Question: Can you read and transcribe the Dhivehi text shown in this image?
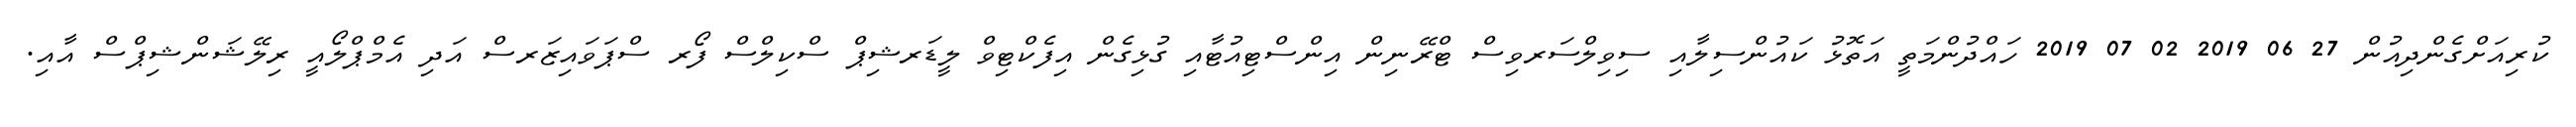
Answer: ކުރިއަށްގެންދިއުން 27 06 2019 02 07 2019 ހައްދުންމަތީ އަތޮޅު ކައުންސިލާއި ސިވިލްސަރވިސް ޓްރޭނިން އިންސްޓިއުޓާއި ގުޅިގެން އިފެކްޓިވް ލީޑަރޝިޕް ސްކިލްސް ފޯރ ސްޕަވައިޒަރސް އަދި އެމްޕްލޯއީ ރިލޭޝަންޝިޕްސް އާއި.